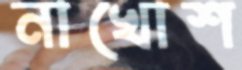
নাখোশ